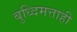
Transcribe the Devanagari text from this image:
बुध्दिमत्ताही